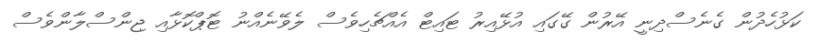
ކަޅުހެދުން ގެނެސްދިނީ އޭރުން ގޭގައި އުޅޭއިރު ޓައިޓް އެއްޗެހިވެސް ލެވޭނެއްނު ޓޮޕްކޮޅާއި ޖިންސްލާންވެސް